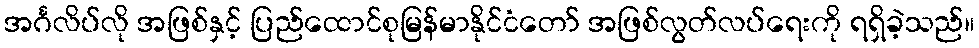
အင်္ဂလိပ်လို အဖြစ်နှင့် ပြည်ထောင်စုမြန်မာနိုင်ငံတော် အဖြစ်လွတ်လပ်ရေးကို ရရှိခဲ့သည်။